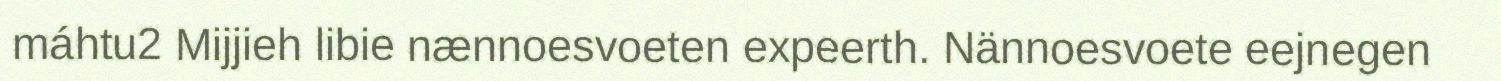
máhtu2 Mijjieh libie nænnoesvoeten expeerth. Nännoesvoete eejnegen